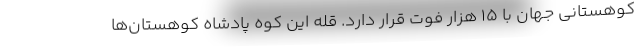
کوهستانی جهان با ۱۵ هزار فوت قرار دارد. قله این کوه پادشاه کوهستان‌ها